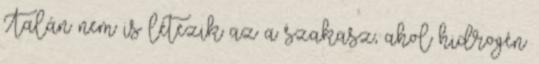
Talán nem is létezik az a szakasz, ahol hidrogén